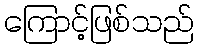
ကြောင့်ဖြစ်သည်